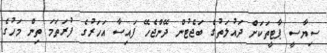
ސިޔާސީ ޕާޓީތަކަށް ދައުލަތުގެ ބަޖެޓުން ދޭންޖެހޭ ފައިސާ އަހަރުގެ ފުރަތަމަ ތިން މަހުގެ